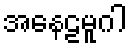
အနေဠမူဂါ